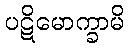
ပဋိမောက္ခာမိ